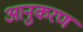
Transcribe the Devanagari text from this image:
आनुकरण